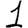
Digit: 1